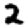
Digit: 2